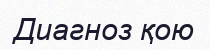
Диагноз қою